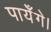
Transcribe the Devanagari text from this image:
पायेँगे।